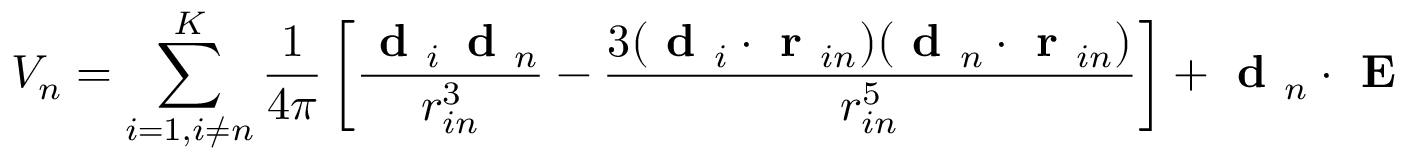
V _ { n } = \sum _ { i = 1 , i \neq n } ^ { K } \frac { 1 } { 4 \pi } \left[ \frac { \textbf { d } _ { i } \, \textbf { d } _ { n } } { r _ { i n } ^ { 3 } } - \frac { 3 ( \textbf { d } _ { i } \cdot \textbf { r } _ { i n } ) ( \textbf { d } _ { n } \cdot \textbf { r } _ { i n } ) } { r _ { i n } ^ { 5 } } \right] + \textbf { d } _ { n } \cdot \textbf { E }